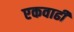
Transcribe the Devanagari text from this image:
एकवाढी